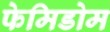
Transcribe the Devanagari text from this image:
फेमिडोम